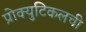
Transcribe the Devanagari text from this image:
प्रोक्युटिकलची